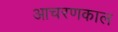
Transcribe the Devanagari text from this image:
आचरणकाल